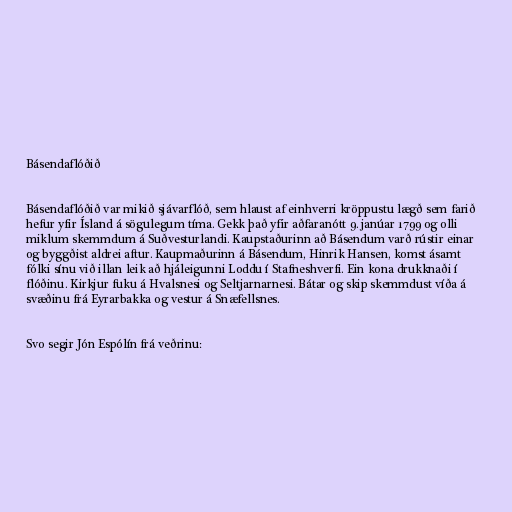
Básendaflóðið

Básendaflóðið var mikið sjávarflóð, sem hlaust af einhverri kröppustu lægð sem farið
hefur yfir Ísland á sögulegum tíma. Gekk það yfir aðfaranótt 9. janúar 1799 og olli
miklum skemmdum á Suðvesturlandi. Kaupstaðurinn að Básendum varð rústir einar
og byggðist aldrei aftur. Kaupmaðurinn á Básendum, Hinrik Hansen, komst ásamt
fólki sínu við illan leik að hjáleigunni Loddu í Stafneshverfi. Ein kona drukknaði í
flóðinu. Kirkjur fuku á Hvalsnesi og Seltjarnarnesi. Bátar og skip skemmdust víða á
svæðinu frá Eyrarbakka og vestur á Snæfellsnes.

Svo segir Jón Espólín frá veðrinu: